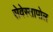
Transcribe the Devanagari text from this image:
सेवेस्तापोल